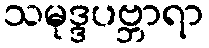
သမုဒ္ဒပဗ္ဘာရာ